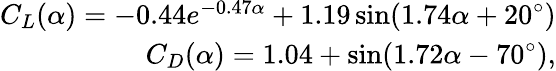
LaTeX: \begin{array}{r}{{C}_{L}(\alpha)=-0.44e^{-0.47\alpha}+1.19\sin(1.74\alpha+20^{\circ})}\\ {{C}_{D}(\alpha)=1.04+\sin(1.72\alpha-70^{\circ}),}\end{array}